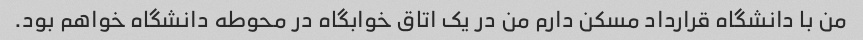
من با دانشگاه قرارداد مسکن دارم من در یک اتاق خوابگاه در محوطه دانشگاه خواهم بود.